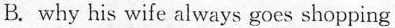
B. why his wife always goes shopping